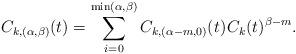
LaTeX: \begin{align*}C_{k,(\alpha,\beta)}(t) = \sum_{i=0}^{\min(\alpha,\beta)} C_{k,(\alpha-m,0)}(t) \kern+1pt C_k(t)^{\beta-m}.\end{align*}